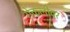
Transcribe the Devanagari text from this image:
रोकलीवर